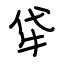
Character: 牮